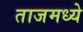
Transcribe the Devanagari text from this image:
ताजमध्ये